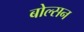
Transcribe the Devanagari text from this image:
बोल्सन